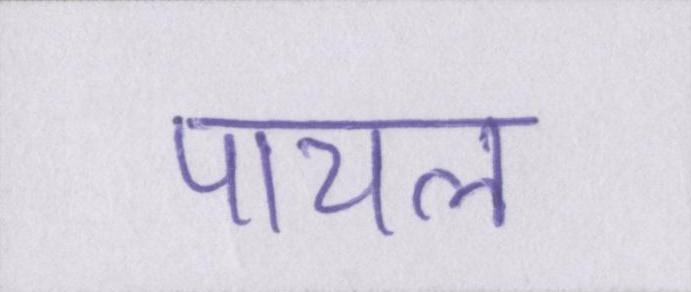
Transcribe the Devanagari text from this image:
पायल